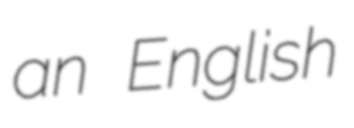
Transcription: an English